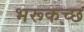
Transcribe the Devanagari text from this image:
भरूकच्छ